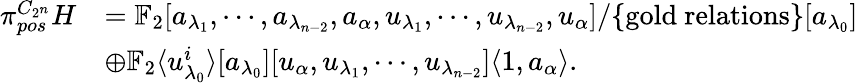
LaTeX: \begin{array}{rl}{\pi_{pos}^{C_{2^{n}}}H}&{=\mathbb{F}_{2}[a_{\lambda_{1}},\cdots,a_{\lambda_{n-2}},a_{\alpha},u_{\lambda_{1}},\cdots,u_{\lambda_{n-2}},u_{\alpha}]/\{ \mathrm{gold~relations}\} [a_{\lambda_{0}}]}\\ &{\oplus\mathbb{F}_{2}\langle u_{\lambda_{0}}^{i}\rangle[a_{\lambda_{0}}][u_{\alpha},u_{\lambda_{1}},\cdots,u_{\lambda_{n-2}}]\langle 1,a_{\alpha}\rangle.}\end{array}